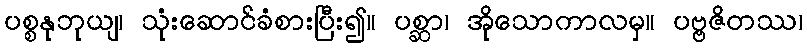
ပစ္စနုဘုယျ၊ သုံးဆောင်ခံစားပြီး၍။ ပစ္ဆာ၊ အိုသောကာလမှ။ ပဗ္ဗဇိတဿ၊